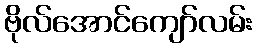
ဗိုလ်အောင်ကျော်လမ်း